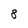
Character: 8